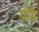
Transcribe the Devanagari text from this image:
गीम